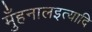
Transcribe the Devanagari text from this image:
मुँहनालइत्यादि